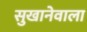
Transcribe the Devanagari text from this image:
सुखानेवाला